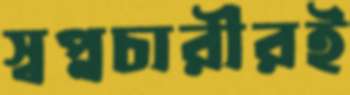
স্বপ্নচারীরই